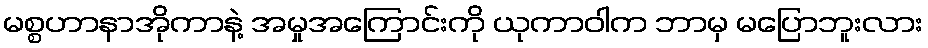
မစ္စဟာနာအိုကာနဲ့ အမှုအကြောင်းကို ယုကာဝါက ဘာမှ မပြောဘူးလား